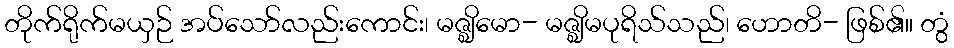
တိုက်ရိုက်မယှဉ် အပ်သော်လည်းကောင်း၊ မဇ္ဈိမော- မဇ္ဈိမပုရိသ်သည်၊ ဟောတိ- ဖြစ်၏။ တွံ